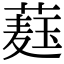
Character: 𦼆